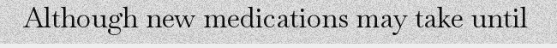
Although new medications may take until